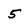
Character: 5